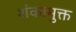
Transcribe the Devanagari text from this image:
शंकामुक्त